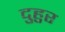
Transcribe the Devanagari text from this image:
दुहुर